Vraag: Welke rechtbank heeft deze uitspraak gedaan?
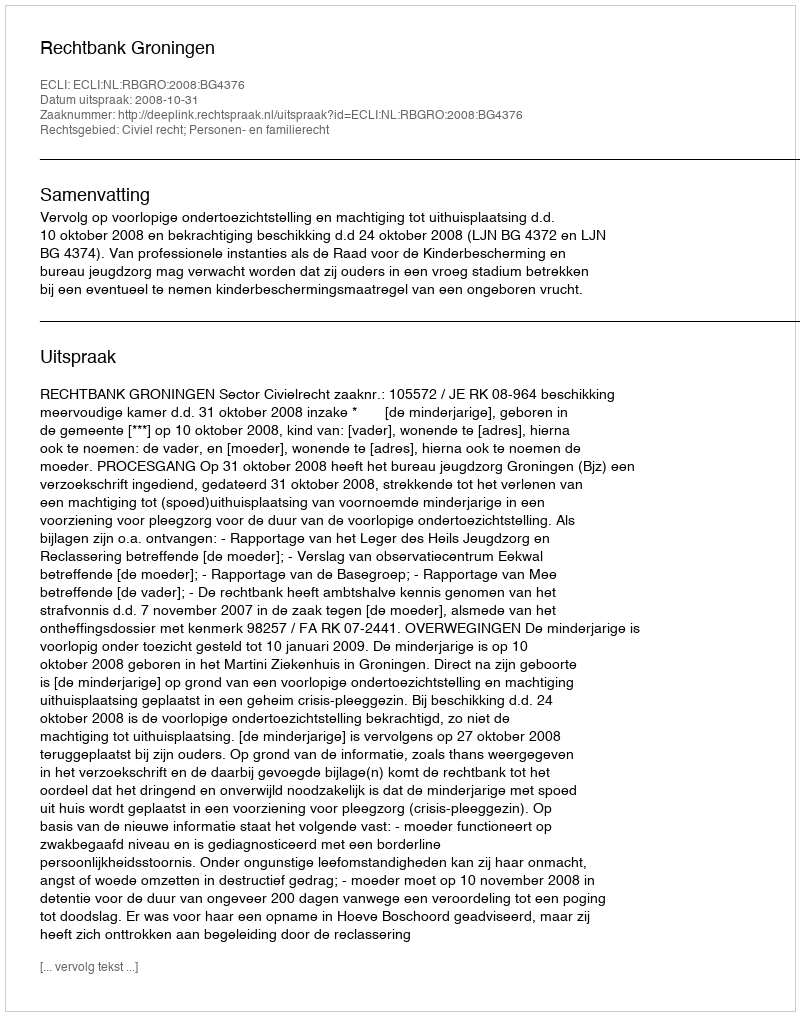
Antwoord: Rechtbank Groningen